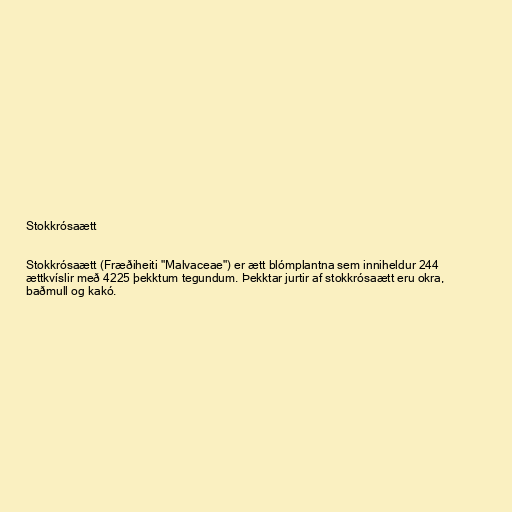
Stokkrósaætt

Stokkrósaætt (Fræðiheiti "Malvaceae") er ætt blómplantna sem inniheldur 244
ættkvíslir með 4225 þekktum tegundum. Þekktar jurtir af stokkrósaætt eru okra,
baðmull og kakó.